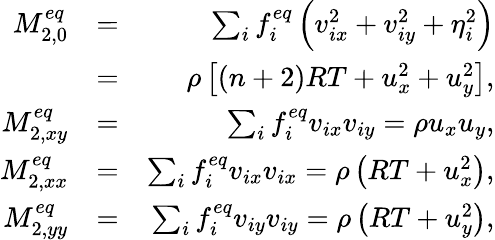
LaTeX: \begin{array}{rlr}{M_{2,0}^{eq}}&{=}&{\sum_{i}{f_{i}^{eq}\left({v_{ix}^{2}+v_{iy}^{2}+\eta_{i}^{2}}\right)}}\\ &{=}&{\rho\left[{\left({n+2}\right)RT+u_{x}^{2}+u_{y}^{2}}\right],}\\ {M_{2,xy}^{eq}}&{=}&{\sum_{i}{f_{i}^{eq}{v_{ix}}{v_{iy}}}=\rho{u_{x}}{u_{y}},}\\ {M_{2,xx}^{eq}}&{=}&{\sum_{i}{f_{i}^{eq}{v_{ix}}{v_{ix}}}=\rho\left({RT+u_{x}^{2}}\right),}\\ {M_{2,yy}^{eq}}&{=}&{\sum_{i}{f_{i}^{eq}{v_{iy}}{v_{iy}}}=\rho\left({RT+u_{y}^{2}}\right),}\end{array}